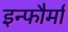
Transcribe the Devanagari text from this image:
इन्फौर्मा